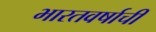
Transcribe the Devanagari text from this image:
भारतवर्षाची